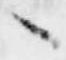
々